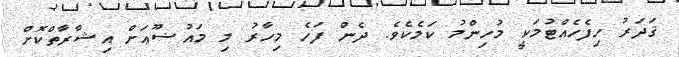
ޤަދަރު ހިފެހެއްޓުމަކީ މުހިންމު ކަމެކެވެ. ދެން ފަހެ މިހާރު މި މައުޟޫޢަށް އިޝާރާތްކޮށް